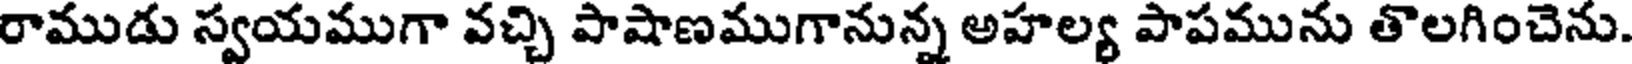
రాముడు స్వయముగా వచ్చి పాషాణముగానున్న అహల్య పాపమును తొలగించెను.